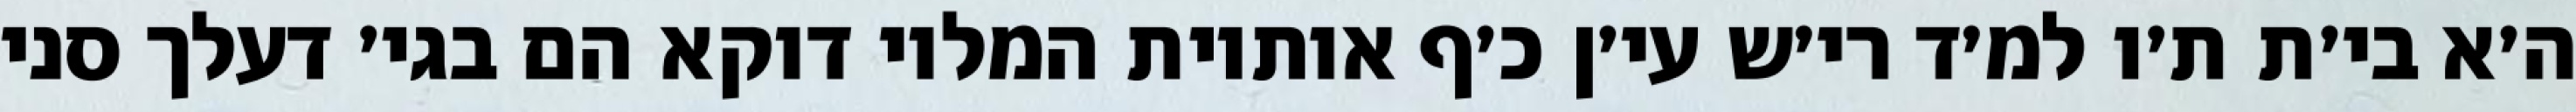
ה׳א בי׳ת ת׳ו למ׳ד רי׳ש עי׳ן כ׳ף אותיות המלוי דוקא הם בגי׳ דעלך סני